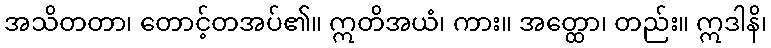
အသိတတာ၊ တောင့်တအပ်၏။ ဣတိအယံ၊ ကား။ အတ္ထော၊ တည်း။ ဣဒါနိ၊